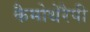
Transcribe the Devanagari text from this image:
कैमोथेरैपी